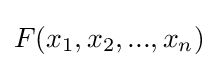
F(x_{1},x_{2},...,x_{n})